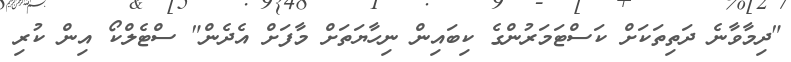
"ދިމާވާނެ ދަތިތަކަށް ކަސްޓަމަރުންގެ ކިބައިން ނިހާޔަތަށް މާފަށް އެދެން" ސްޓެލްކޯ އިން ކުރި